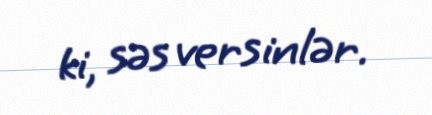
ki, səs versinlər.